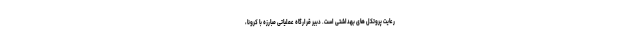
رعایت پروتکل های بهداشتی است. دبیر قرارگاه عملیاتی مبارزه با کرونا،